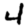
Digit: 4